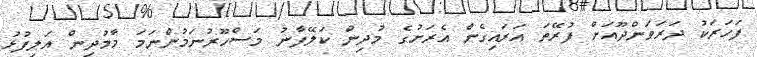
ފަހަރަކު ދަރަވަންދޫއަށް ފުރޭތަ އަރައިގެން އެރަށުގެ މުދިން ކަލޭފާނު މަސްހޫރުނަމުންނަމަ މާމުދިން އަލިފުޅު